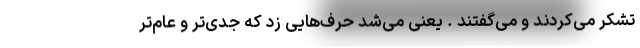
تشکر می‌کردند و می‌گفتند . یعنی می‌شد حرف‌هایی زد که جدی‌تر و عام‌تر